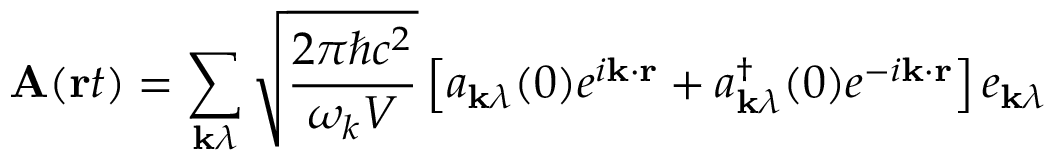
\mathbf { A } ( \mathbf { r } t ) = \sum _ { \mathbf { k } \lambda } { \sqrt { \frac { 2 \pi \hbar c ^ { 2 } } { \omega _ { k } V } } } \left[ a _ { \mathbf { k } \lambda } ( 0 ) e ^ { i \mathbf { k } \cdot \mathbf { r } } + a _ { \mathbf { k } \lambda } ^ { \dagger } ( 0 ) e ^ { - i \mathbf { k } \cdot \mathbf { r } } \right] e _ { \mathbf { k } \lambda }